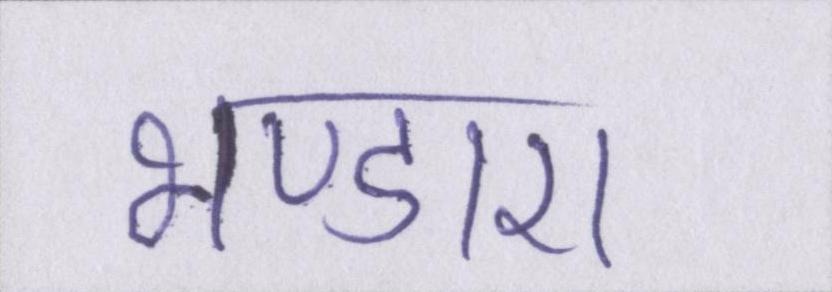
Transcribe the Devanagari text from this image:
भण्डारा